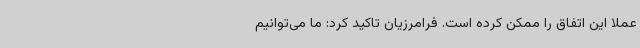
عملا این اتفاق را ممکن کرده است. فرامرزیان تاکید کرد: ما می‌توانیم